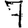
Digit: 7